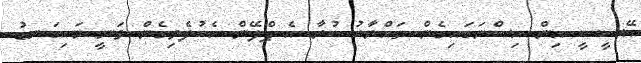
އޭސީސީ އިން އިސްނަގައިގެން ތައްޔާރު ކުރާ އެ ޕްލޭން އެކުލެވިގެން ވަނީ މައިގަނޑު